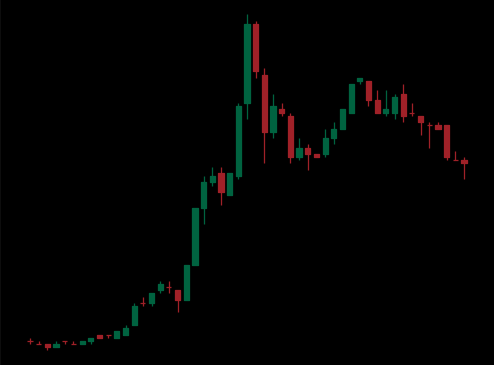
Pattern: bear_flag